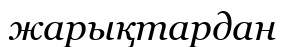
жарықтардан